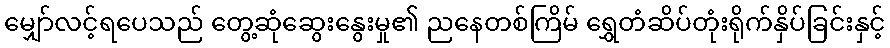
မျှော်လင့်ရပေသည် တွေ့ဆုံဆွေးနွေးမှု၏ ညနေတစ်ကြိမ် ရွှေတံဆိပ်တုံးရိုက်နှိပ်ခြင်းနှင့်